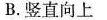
B.竖直向上